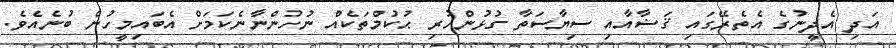
އަދި އެދީނުގެ އެތެރޭގައި ޤަޟާއާއި ސިޔާސަތާ ގުޅުންހުރި ޙުކުމްތަކެއް ނުހުންނާނެކަމަށް އެބައިމީހުން ބުނެއެވެ.